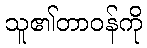
သူ၏တာဝန်ကို